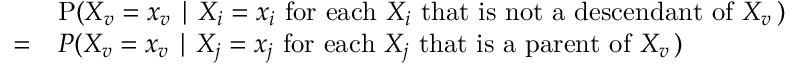
{ \begin{array} { r l } & { \operatorname { P } ( X _ { v } = x _ { v } \mid X _ { i } = x _ { i } { \mathrm { ~ f o r ~ e a c h ~ } } X _ { i } { \mathrm { ~ t h a t ~ i s ~ n o t ~ a ~ d e s c e n d a n t ~ o f ~ } } X _ { v } \, ) } \\ { = } & { P ( X _ { v } = x _ { v } \mid X _ { j } = x _ { j } { \mathrm { ~ f o r ~ e a c h ~ } } X _ { j } { \mathrm { ~ t h a t ~ i s ~ a ~ p a r e n t ~ o f ~ } } X _ { v } \, ) } \end{array} }